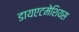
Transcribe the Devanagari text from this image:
डायएटमेशियस